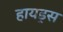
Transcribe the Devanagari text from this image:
हायड्रस